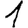
Digit: 1